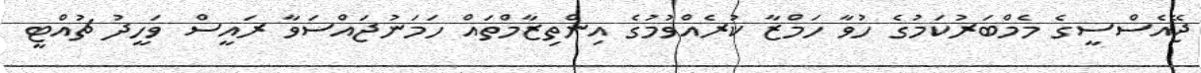
ޖޭއެސްސީގެ މެމްބަރުކަމުގެ ހުވާ ހަމްޒާ ކުރެއްވުމުގެ އިންތިޒާމްތައް ހަމަނުޖައްސަވާ ރައީސް ވަހީދު ޗުއްޓީ